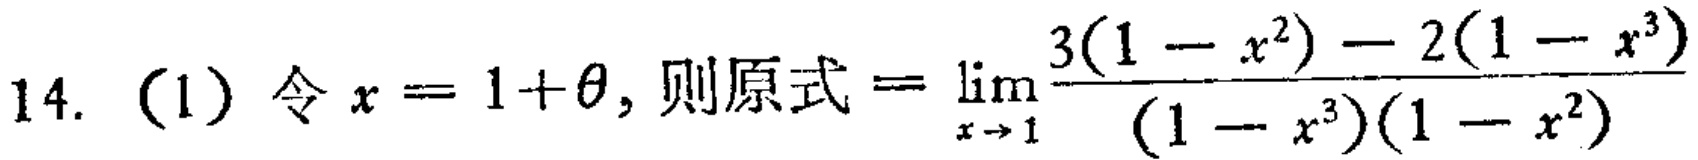
14. (1) 令 \(x = 1+\theta\), 则原式 \(=\lim_{x \to 1}\frac{3(1 - x^{2}) - 2(1 - x^{3})}{(1 - x^{3})(1 - x^{2})}\)